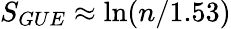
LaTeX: S_{GUE}\approx\ln(n/1.53)